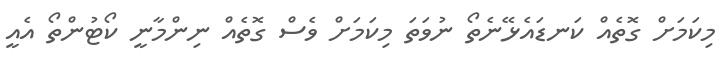
މިކަމަށް ގޮތެއް ކަނޑައެޅޭނެތޯ ނުވަތަ މިކަމަށް ވެސް ގޮތެއް ނިންމާނީ ކޯޓުންތޯ އެއީ